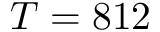
T = 8 1 2